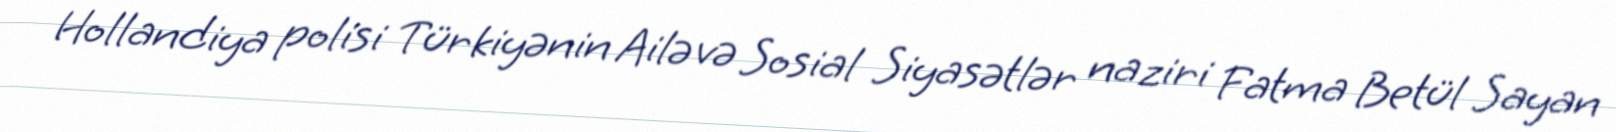
Hollandiya polisi Türkiyənin Ailə və Sosial Siyasətlər naziri Fatma Betül Sayan